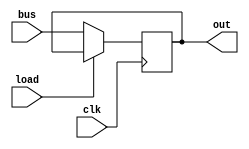

module register_8bit (
  input clk,
  input load, // Active low
  input [7:0] bus,

  output [7:0] out
);

  reg [7:0] data_out;
  assign out = data_out;

  always @(posedge clk) begin
    if (load == 1'b0) begin
      data_out <= bus;
    end
  end

endmodule